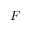
F